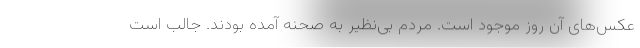
عکس‌های آن روز موجود است. مردم بی‌نظیر به صحنه آمده بودند. جالب است